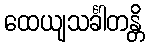
ထေယျသင်္ခါတန္တိ